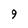
Character: 9